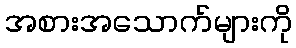
အစားအသောက်များကို